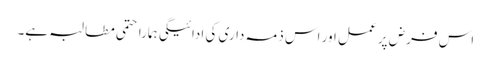
اس فرض پر عمل اور اس ذمہ داری کی ادائیگی ہمارا حتمی مطالبہ ہے۔